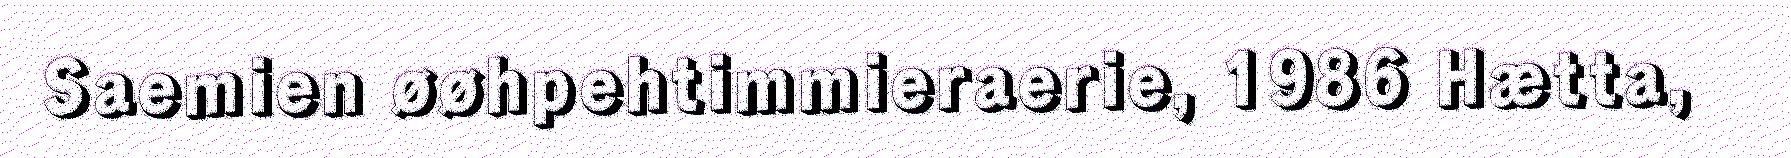
Saemien øøhpehtimmieraerie, 1986 Hætta,